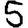
Digit: 5